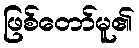
ဖြစ်တော်မူ၏